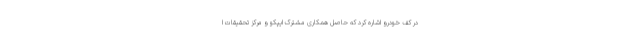
در کف خودرو اشاره کرد که حاصل همکاری مشترک ایپکو و مرکز تحقیقات ا